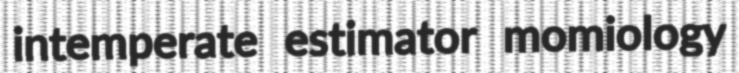
intemperate estimator momiology